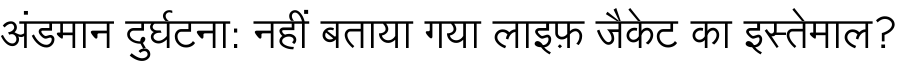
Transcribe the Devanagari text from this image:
अंडमान दुर्घटना: नहीं बताया गया लाइफ़ जैकेट का इस्तेमाल?